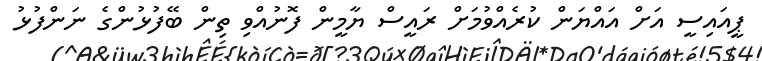
ޕީއައިސީ އަށް އައްޔަން ކުރެއްވުމަށް ރައީސް ޔާމީން ފޮނުއްވި ތިން ބޭފުޅުންގެ ނަންފުޅު